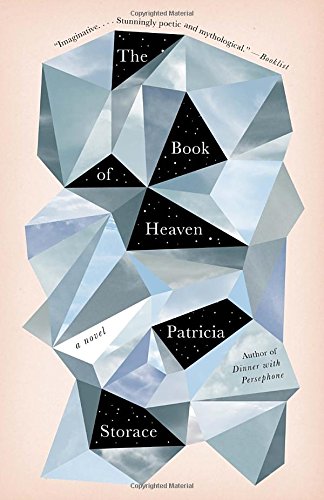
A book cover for The Book of Heaven: A Novel; Patricia Storace; Religion & Spirituality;